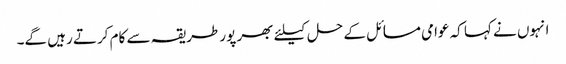
انہوں نے کہا کہ عوامی مسائل کے حل کیلئے بھر پور طریقہ سے کام کرتے رہیں گے۔